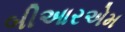
બીઆરએમ